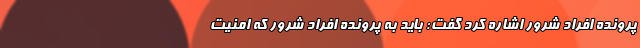
پرونده افراد شرور اشاره کرد گفت: باید به پرونده افراد شرور که امنیت